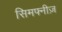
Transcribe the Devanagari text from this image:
सिमफ्नीज़